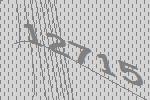
12715